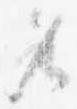
各